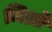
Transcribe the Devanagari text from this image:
जिथ्रो